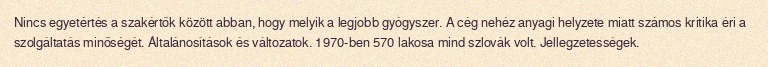
Nincs egyetértés a szakértők között abban, hogy melyik a legjobb gyógyszer. A cég nehéz anyagi helyzete miatt számos kritika éri a szolgáltatás minőségét. Általánosítások és változatok. 1970-ben 570 lakosa mind szlovák volt. Jellegzetességek.